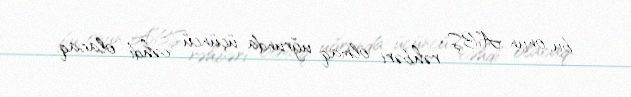
bu, onun ABŞ rəhbəri olmaq uğrunda üçüncü cəhdi olacaq.